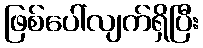
ဖြစ်ပေါ်လျက်ရှိပြီး